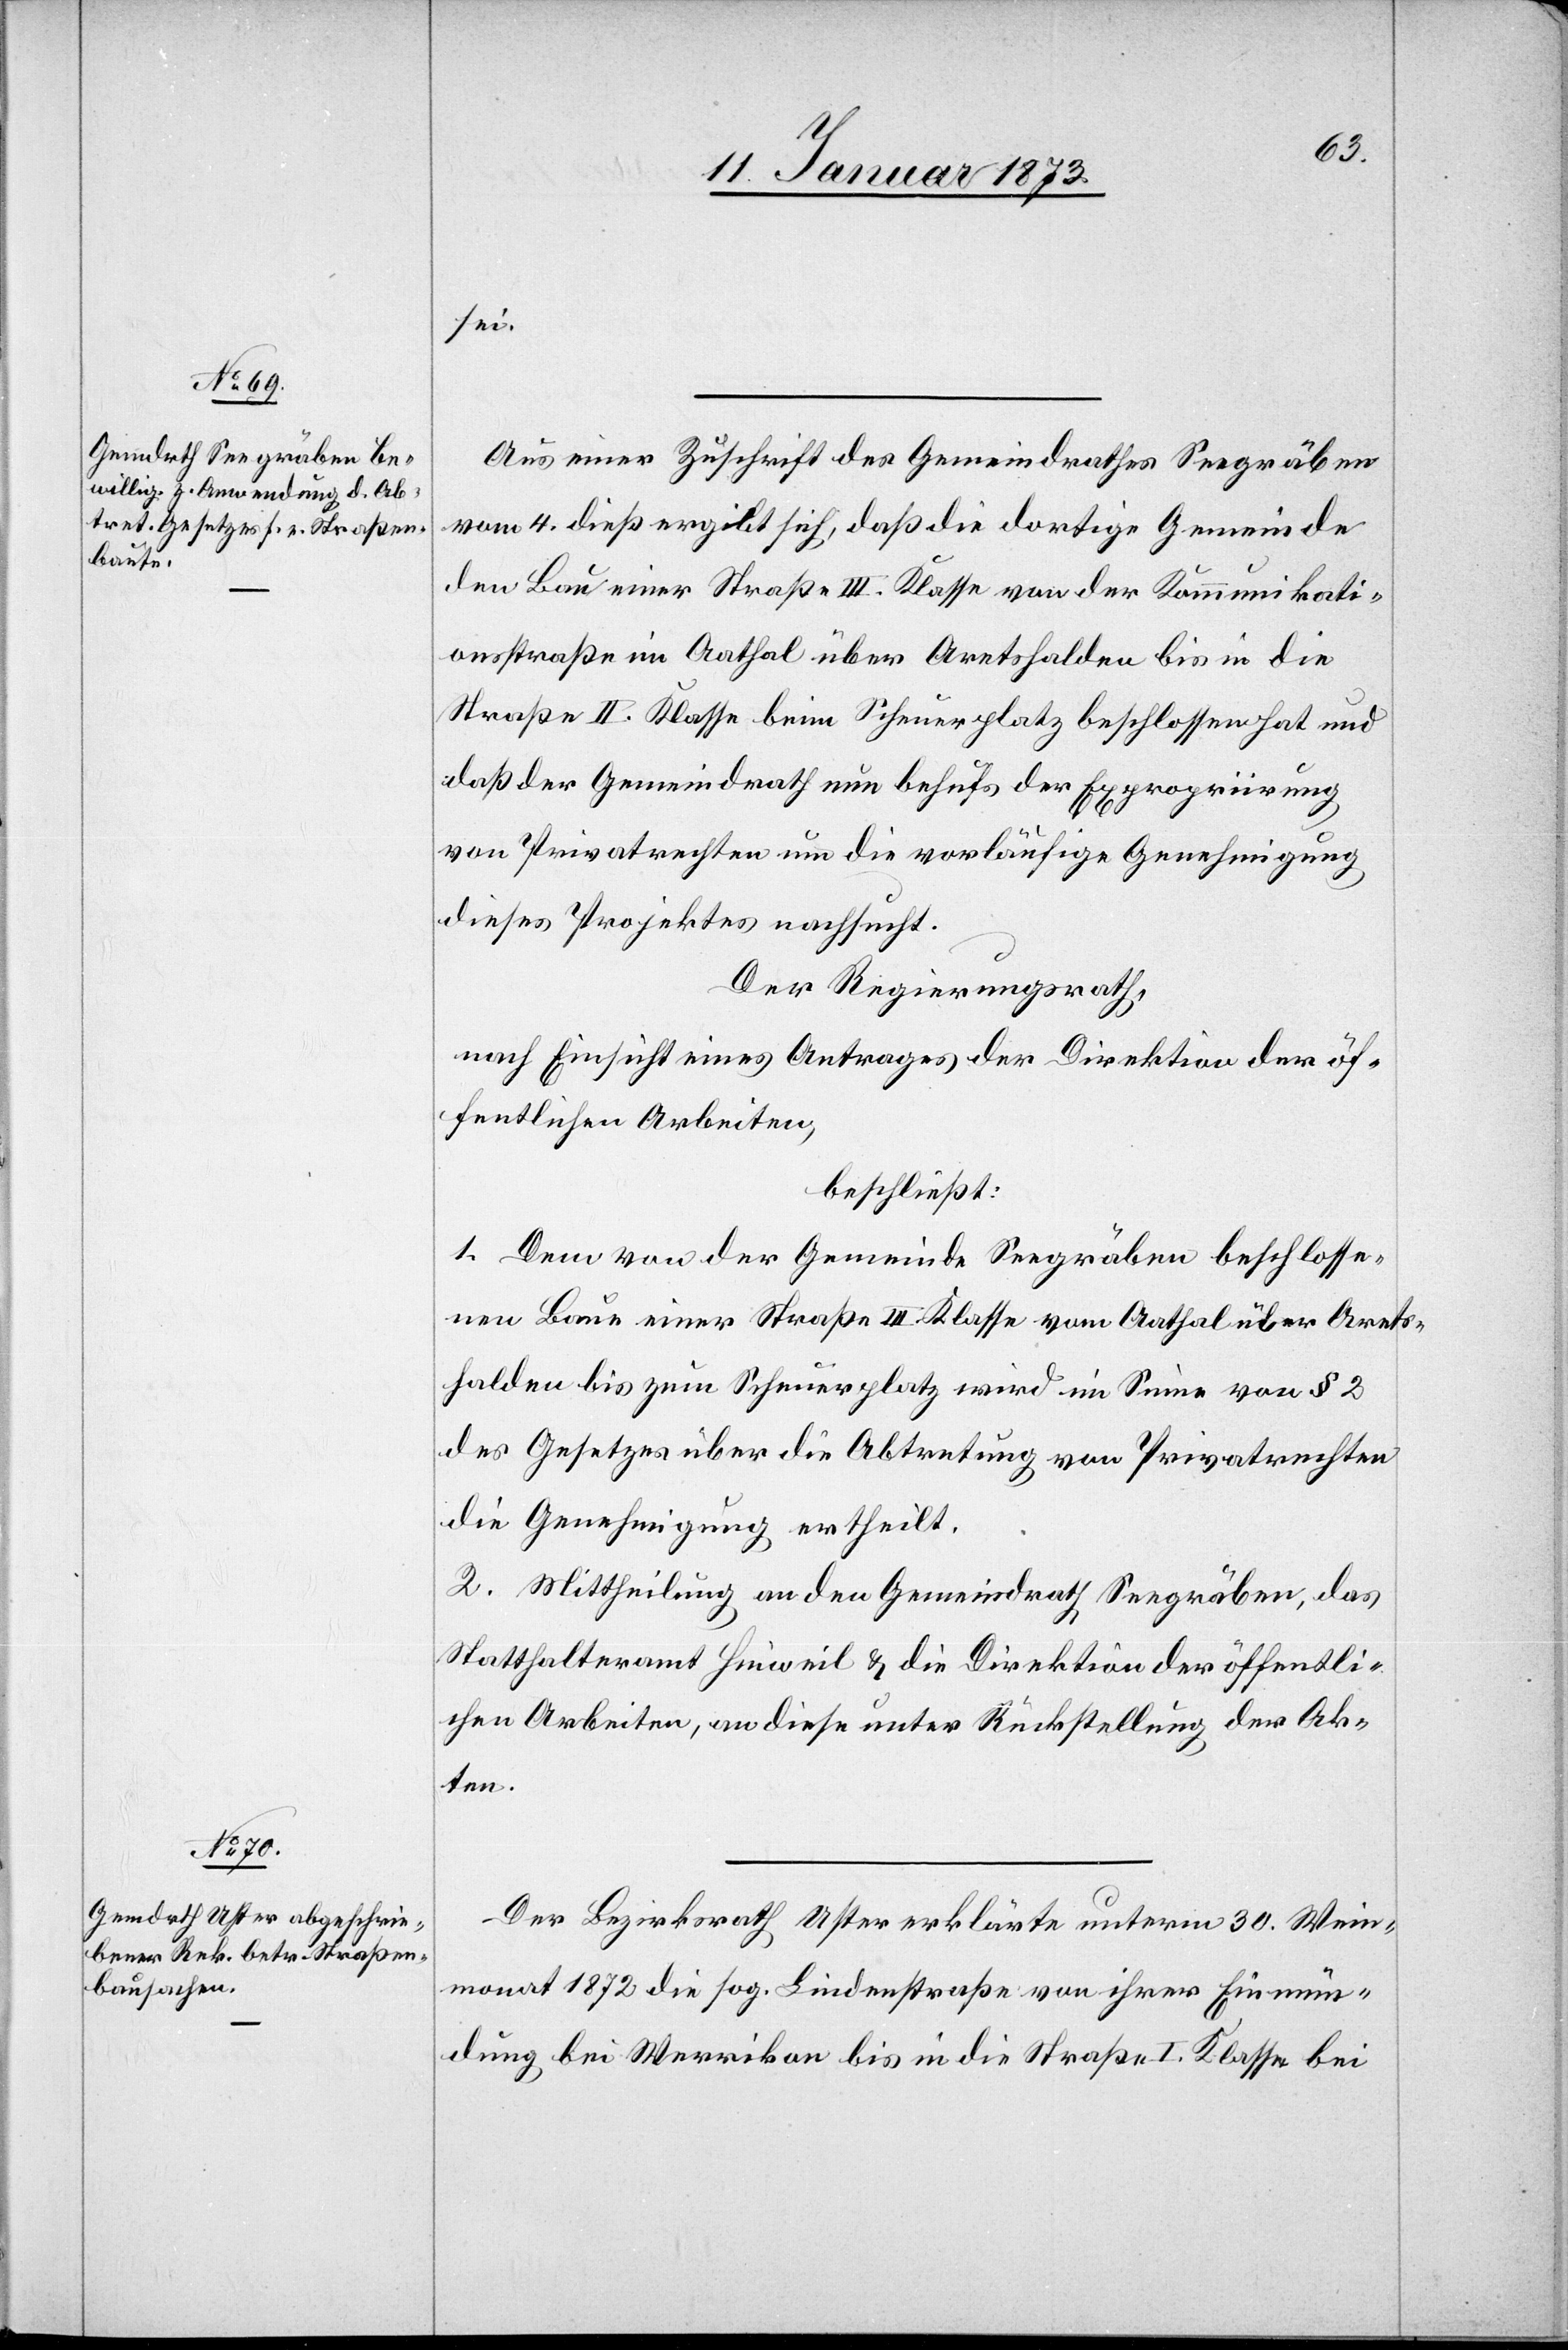
sei.
Aus einer Zuschrift des Gemeindrathes Seegräben
vom 4. dieß ergibt sich, daß die dortige Gemeinde
den Bau einer Straße III. Klasse von der Kommunikati¬
onsstraße im Aathal über Aretshalden bis in die
Straße II. Klasse beim Scheuerplatz beschlossen hat und
daß der Gemeindrath nun behufs der Expropriirung
von Privatrechten um die vorläufige Genehmigung
dieses Projektes nachsucht.
Der Regierungsrath,
nach Einsicht eines Antrages der Direktion der öf¬
fentlichen Arbeiten,
beschließt:
1. Dem von der Gemeinde Seegräben beschlosse¬
nen Baue einer Straße III. Klasse vom Aathal über Arets¬
halden bis zum Scheuerplatz wird im Sinne von § 2
des Gesetzes über die Abtretung von Privatrechten
die Genehmigung ertheilt.
2. Mittheilung an den Gemeindrath Seegräben, das
Statthalteramt Hinweil & die Direktion der öffentli¬
chen Arbeiten, an diese unter Rückstellung der Ak¬
ten.
Der Bezirksrath Uster erklärte unterm 30. Wein¬
monat 1872 die sog. Lindenstraße von ihrer Einmün¬
dung bei Werrikon bis in die Straße I. Klasse bei